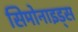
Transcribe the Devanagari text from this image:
सिमोनाइड्स